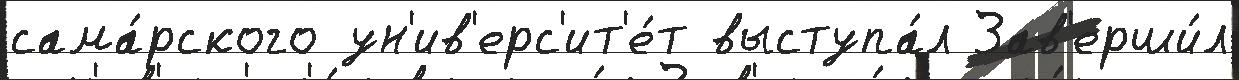
сама́рского ун'ив'ерс'ит'е́т выступа́л Зав'ерши́л